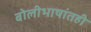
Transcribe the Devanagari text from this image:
बोलीभाषांतही